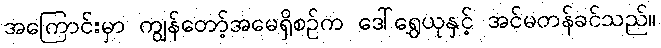
အကြောင်းမှာ ကျွန်တော့်အမေရှိစဉ်က ဒေါ်ရွှေယုနှင့် အင်မတန်ခင်သည်။